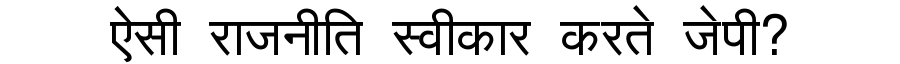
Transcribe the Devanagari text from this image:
ऐसी राजनीति स्वीकार करते जेपी?